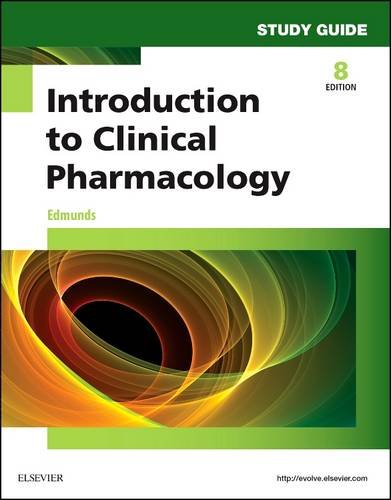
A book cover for Study Guide for Introduction to Clinical Pharmacology, 8e; Marilyn Winterton Edmunds PhD  ANP/GNP; Medical Books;